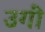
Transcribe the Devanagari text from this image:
उगीं